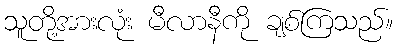
သူတို့အားလုံး မီလာနီကို ချစ်ကြသည်။